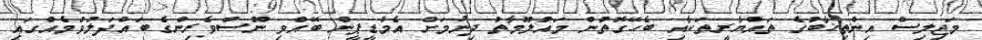
މަޖިލިސް އިންތިޚާބުގެ ތައްޔާރީތަކާއި ބެހޭގޮތުން މައުލޫމާތު ދިނުމަށް އެމްޑީޕީން ބޭއްވި ނޫސްވެރިންގެ ބައްދަލުވުމެއްގައި